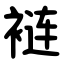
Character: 裢